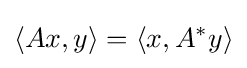
\langle Ax,y\rangle =\left\langle x,A^{*}y\right\rangle